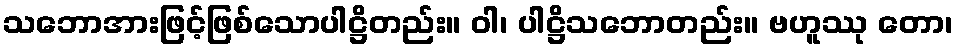
သဘောအားဖြင့်ဖြစ်သောပါဋ္ဌိတည်း။ ဝါ၊ ပါဋ္ဌိသဘောတည်း။ ဗဟူဿု တော၊